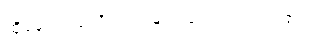
ထို့နောက် ပုလိပ်သားများ ရောက်လာကြ၏။